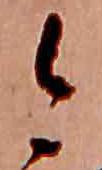
今